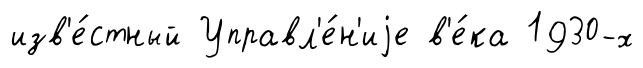
изв'е́стный Управл'е́н'иjе в'е́ка 1930-х